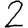
Digit: 2